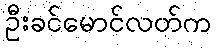
ဦးခင်မောင်လတ်က